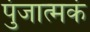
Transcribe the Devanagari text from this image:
पुंजात्मकं